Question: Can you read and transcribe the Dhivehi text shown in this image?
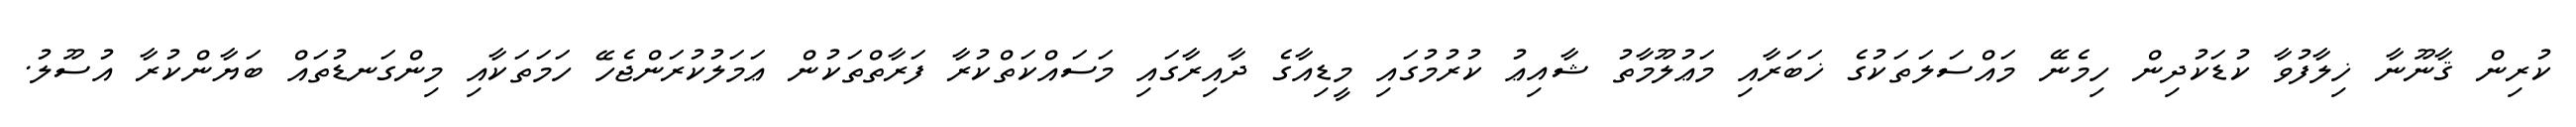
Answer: ކުރިން ޤާނޫނާ ޚިލާފުވާ ކުޑަކުދިން ހިމެނޭ މައްސަލަތަކުގެ ޚަބަރާއި މަޢުލޫމާތު ޝާއިޢު ކުރުމުގައި މީޑިއާގެ ދާއިރާގައި މަސައްކަތްކުރާ ފަރާތްތަކުން ޢަމަލުކުރަންޖެހޭ ހަމަތަކާއި މިންގަނޑުތައް ބަޔާންކުރާ އުސޫލު.